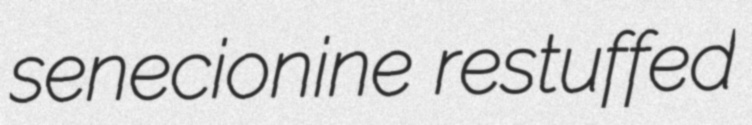
senecionine restuffed